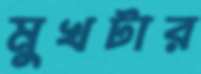
মুখটার